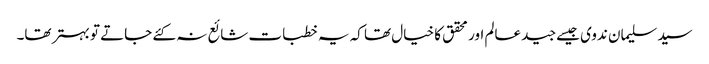
سید سلیمان ندوی جیسے جید عالم اور محقق کا خیال تھا کہ یہ خطبات شائع نہ کئے جاتے تو بہتر تھا۔